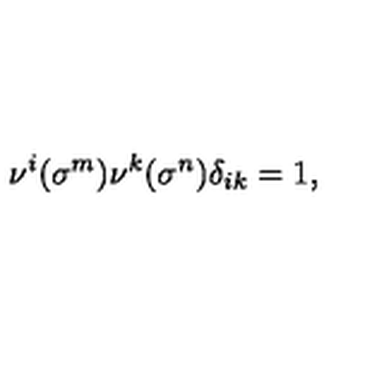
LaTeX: \nu ^ { i } ( \sigma ^ { m } ) \nu ^ { k } ( \sigma ^ { n } ) \delta _ { i k } = 1 , ~